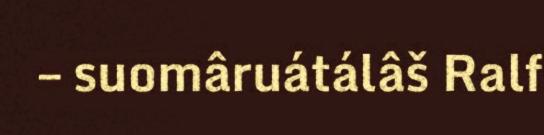
– suomâruátálâš Ralf